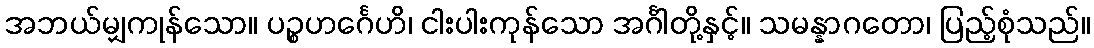
အဘယ်မျှကုန်သော။ ပဉ္စဟင်္ဂေဟိ၊ ငါးပါးကုန်သော အင်္ဂါတို့နှင့်။ သမန္နာဂတော၊ ပြည့်စုံသည်။